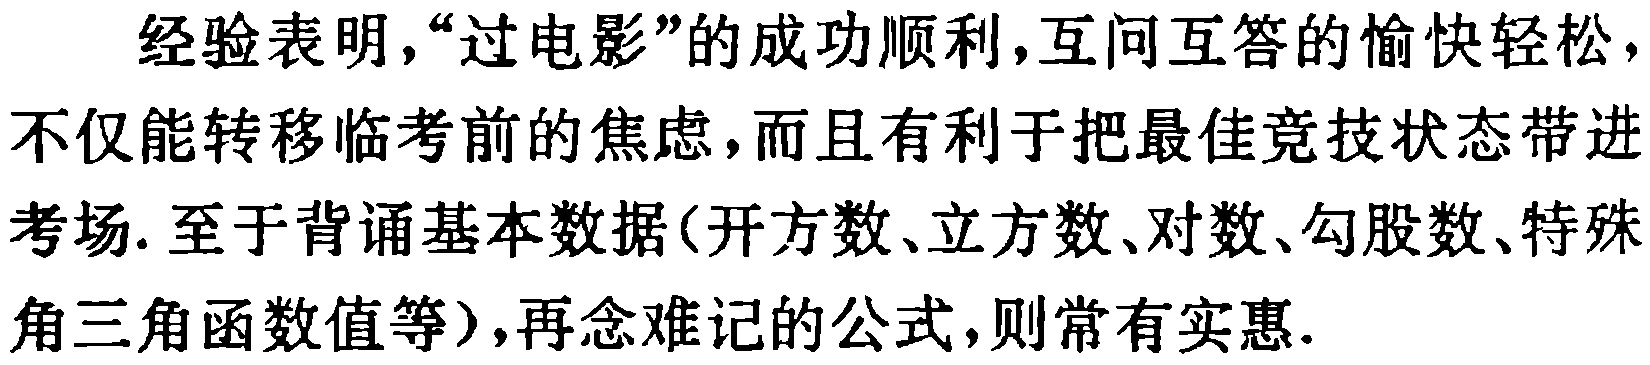
经验表明，“过电影”的成功顺利，互问互答的愉快轻松，不仅能转移临考前的焦虑，而且有利于把最佳竞技状态带进考场. 至于背诵基本数据(开方数、立方数、对数、勾股数、特殊角三角函数值等)，再念难记的公式，则常有实惠.